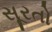
સૂરતો